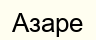
Азаре